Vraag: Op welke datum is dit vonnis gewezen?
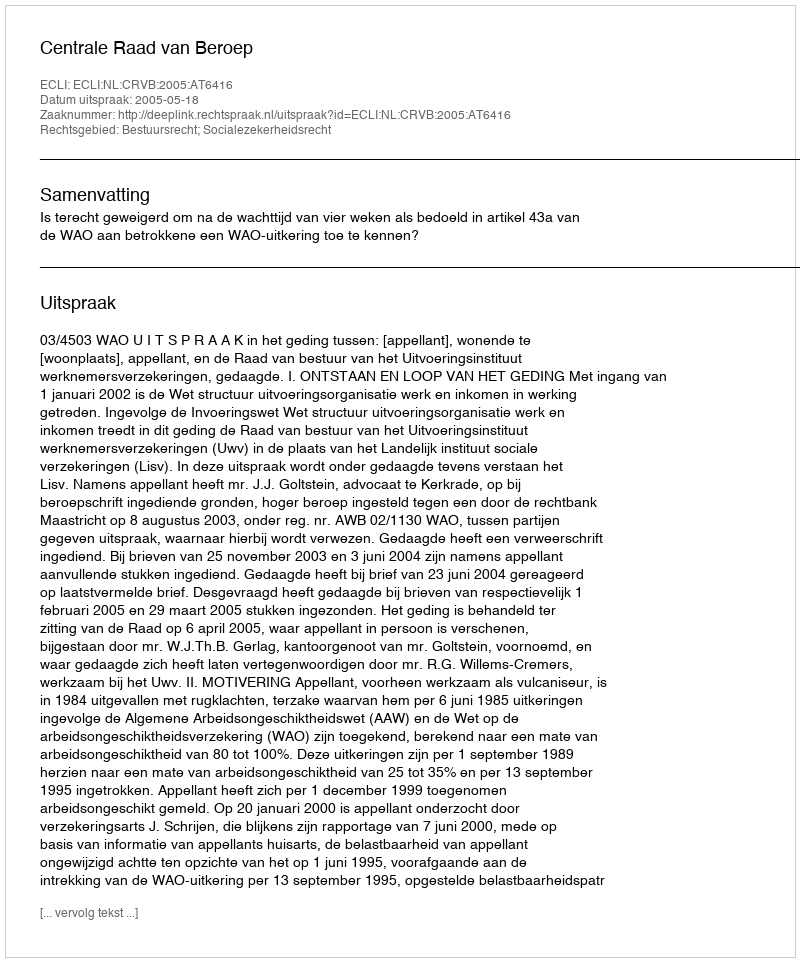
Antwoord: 2005-05-18